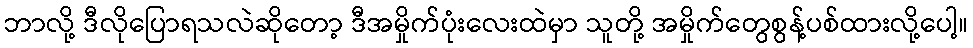
ဘာလို့ ဒီလိုပြောရသလဲဆိုတော့ ဒီအမှိုက်ပုံးလေးထဲမှာ သူတို့ အမှိုက်တွေစွန့်ပစ်ထားလို့ပေါ့။